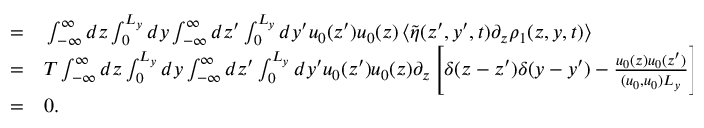
\begin{array} { r l } { = } & { { } \int _ { - \infty } ^ { \infty } d z \int _ { 0 } ^ { L _ { y } } d y \int _ { - \infty } ^ { \infty } d z ^ { \prime } \int _ { 0 } ^ { L _ { y } } d y ^ { \prime } u _ { 0 } ( z ^ { \prime } ) u _ { 0 } ( z ) \left\langle \tilde { \eta } ( z ^ { \prime } , y ^ { \prime } , t ) \partial _ { z } \rho _ { 1 } ( z , y , t ) \right\rangle } \\ { = } & { { } T \int _ { - \infty } ^ { \infty } d z \int _ { 0 } ^ { L _ { y } } d y \int _ { - \infty } ^ { \infty } d z ^ { \prime } \int _ { 0 } ^ { L _ { y } } d y ^ { \prime } u _ { 0 } ( z ^ { \prime } ) u _ { 0 } ( z ) \partial _ { z } \left[ \delta ( z - z ^ { \prime } ) \delta ( y - y ^ { \prime } ) - \frac { u _ { 0 } ( z ) u _ { 0 } ( z ^ { \prime } ) } { ( u _ { 0 } , u _ { 0 } ) L _ { y } } \right] } \\ { = } & { { } 0 . } \end{array}